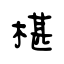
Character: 椹